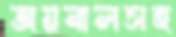
জয়নালসহ